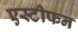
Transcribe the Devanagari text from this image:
एस्टीफन